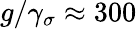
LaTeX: g/\gamma_{\sigma}\approx 300